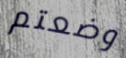
وضعتم